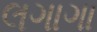
લગાગા